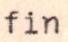
fin